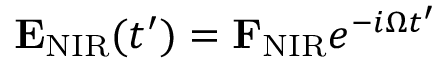
{ \bf E } _ { \mathrm { N I R } } ( t ^ { \prime } ) = { \bf F } _ { \mathrm { N I R } } e ^ { - i \Omega t ^ { \prime } }